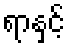
ရာနှင့်